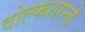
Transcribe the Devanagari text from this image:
वोल्फशान्ज़े